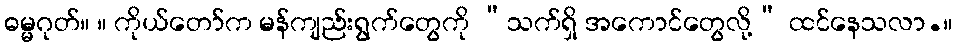
ဓမ္မဂုတ်။ ။ ကိုယ်တော်က မန်ကျည်းရွက်တွေကို “သက်ရှိ အကောင်တွေလို့” ထင်နေသလာ.။